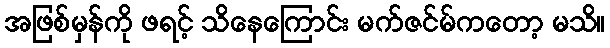
အဖြစ်မှန်ကို ဖရင့် သိနေကြောင်း မက်ဇင်မ်ကတော့ မသိ။